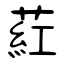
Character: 葒